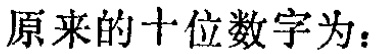
原来的十位数字为：